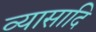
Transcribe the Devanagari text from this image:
व्यासादि